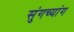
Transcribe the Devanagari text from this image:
सुंगच्यांग